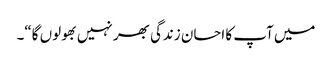
میں آپ کا احسان زندگی بھر نہیں بھولوں گا“۔